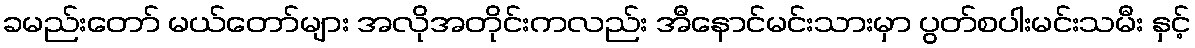
ခမည်းတော် မယ်တော်များ အလိုအတိုင်းကလည်း အီနောင်မင်းသားမှာ ပွတ်စပါးမင်းသမီး နှင့်